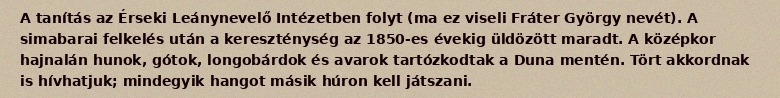
A tanítás az Érseki Leánynevelő Intézetben folyt (ma ez viseli Fráter György nevét). A simabarai felkelés után a kereszténység az 1850-es évekig üldözött maradt. A középkor hajnalán hunok, gótok, longobárdok és avarok tartózkodtak a Duna mentén. Tört akkordnak is hívhatjuk; mindegyik hangot másik húron kell játszani.